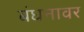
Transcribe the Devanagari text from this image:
बंधनावर